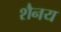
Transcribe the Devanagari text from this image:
शैनय